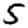
Digit: 5